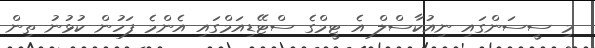
މި ސީސަންގައި ނިއުކާސްލް އެ ޓީމްގެ ސްޓޭޑިއަމްގައި އެންމެ ފަހުން ކުޅުނު ތިން